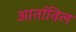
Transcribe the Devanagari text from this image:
आर्ताविल